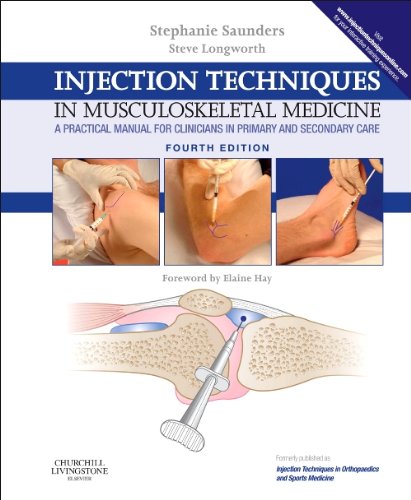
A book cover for Injection Techniques in Musculoskeletal Medicine: A Practical Manual for Clinicians in Primary and Secondary Care, 4e; Stephanie Saunders FCSP  FSOM; Medical Books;